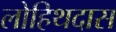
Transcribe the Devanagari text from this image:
लोहिथदास